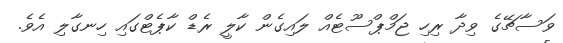
ވަސާޗޭގެ ވިދާ ރިހި ޖަމްޕްސޫޓެއް ލައިގެން ކާލީ ރެޑް ކާޕެޓްގައި ހިނގާލި އެވެ.